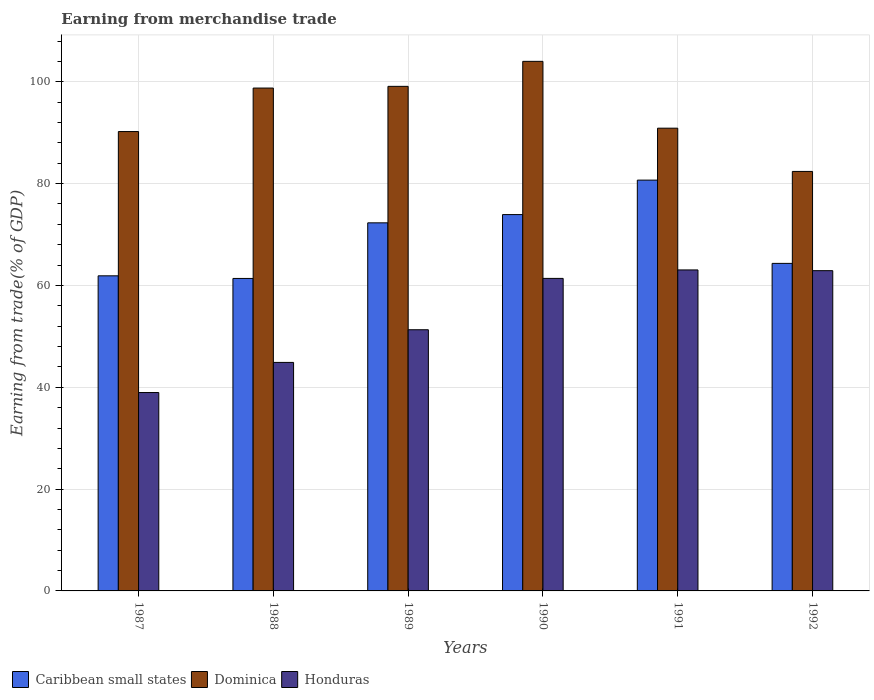
| Years | Caribbean small states | Dominica | Honduras |
 | --- | --- | --- | --- |
 | 1987 | 61.9 | 90.2 | 39 |
 | 1988 | 61.4 | 98.8 | 44.9 |
 | 1989 | 72.3 | 99.1 | 51.3 |
 | 1990 | 73.9 | 104 | 61.4 |
 | 1991 | 80.7 | 90.9 | 63 |
 | 1992 | 64.3 | 82.4 | 62.9 |